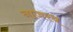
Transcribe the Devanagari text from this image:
नाजरथ